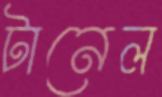
টানেল